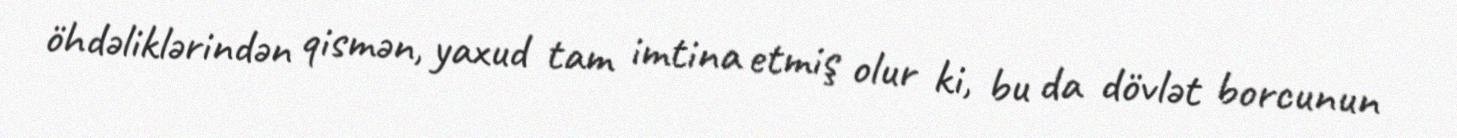
öhdəliklərindən qismən, yaxud tam imtina etmiş olur ki, bu da dövlət borcunun